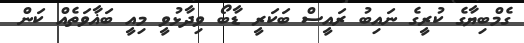
ގެމްބިޔާގެ ކުރީގެ ނައިބު ރައީސް ބަކަރީ ޑާބޯ ވިދާޅުވީ މިއީ ބަޣާވަތެއް ކަން